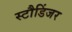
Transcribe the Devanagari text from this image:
स्टौडिंजर